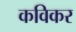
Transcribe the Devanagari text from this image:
कविकर